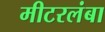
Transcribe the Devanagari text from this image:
मीटरलंबा